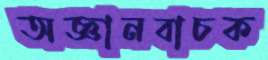
অজ্ঞানবাচক